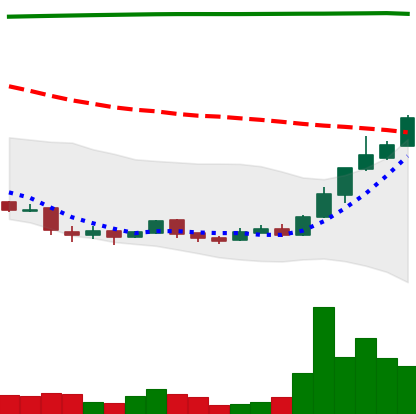
Ticker: DOGE-USD
Chart end date: 2018-04-15
Forward return: 28.921%
Label: up_7plus